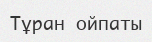
Тұран ойпаты